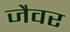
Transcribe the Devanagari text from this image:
जैवर